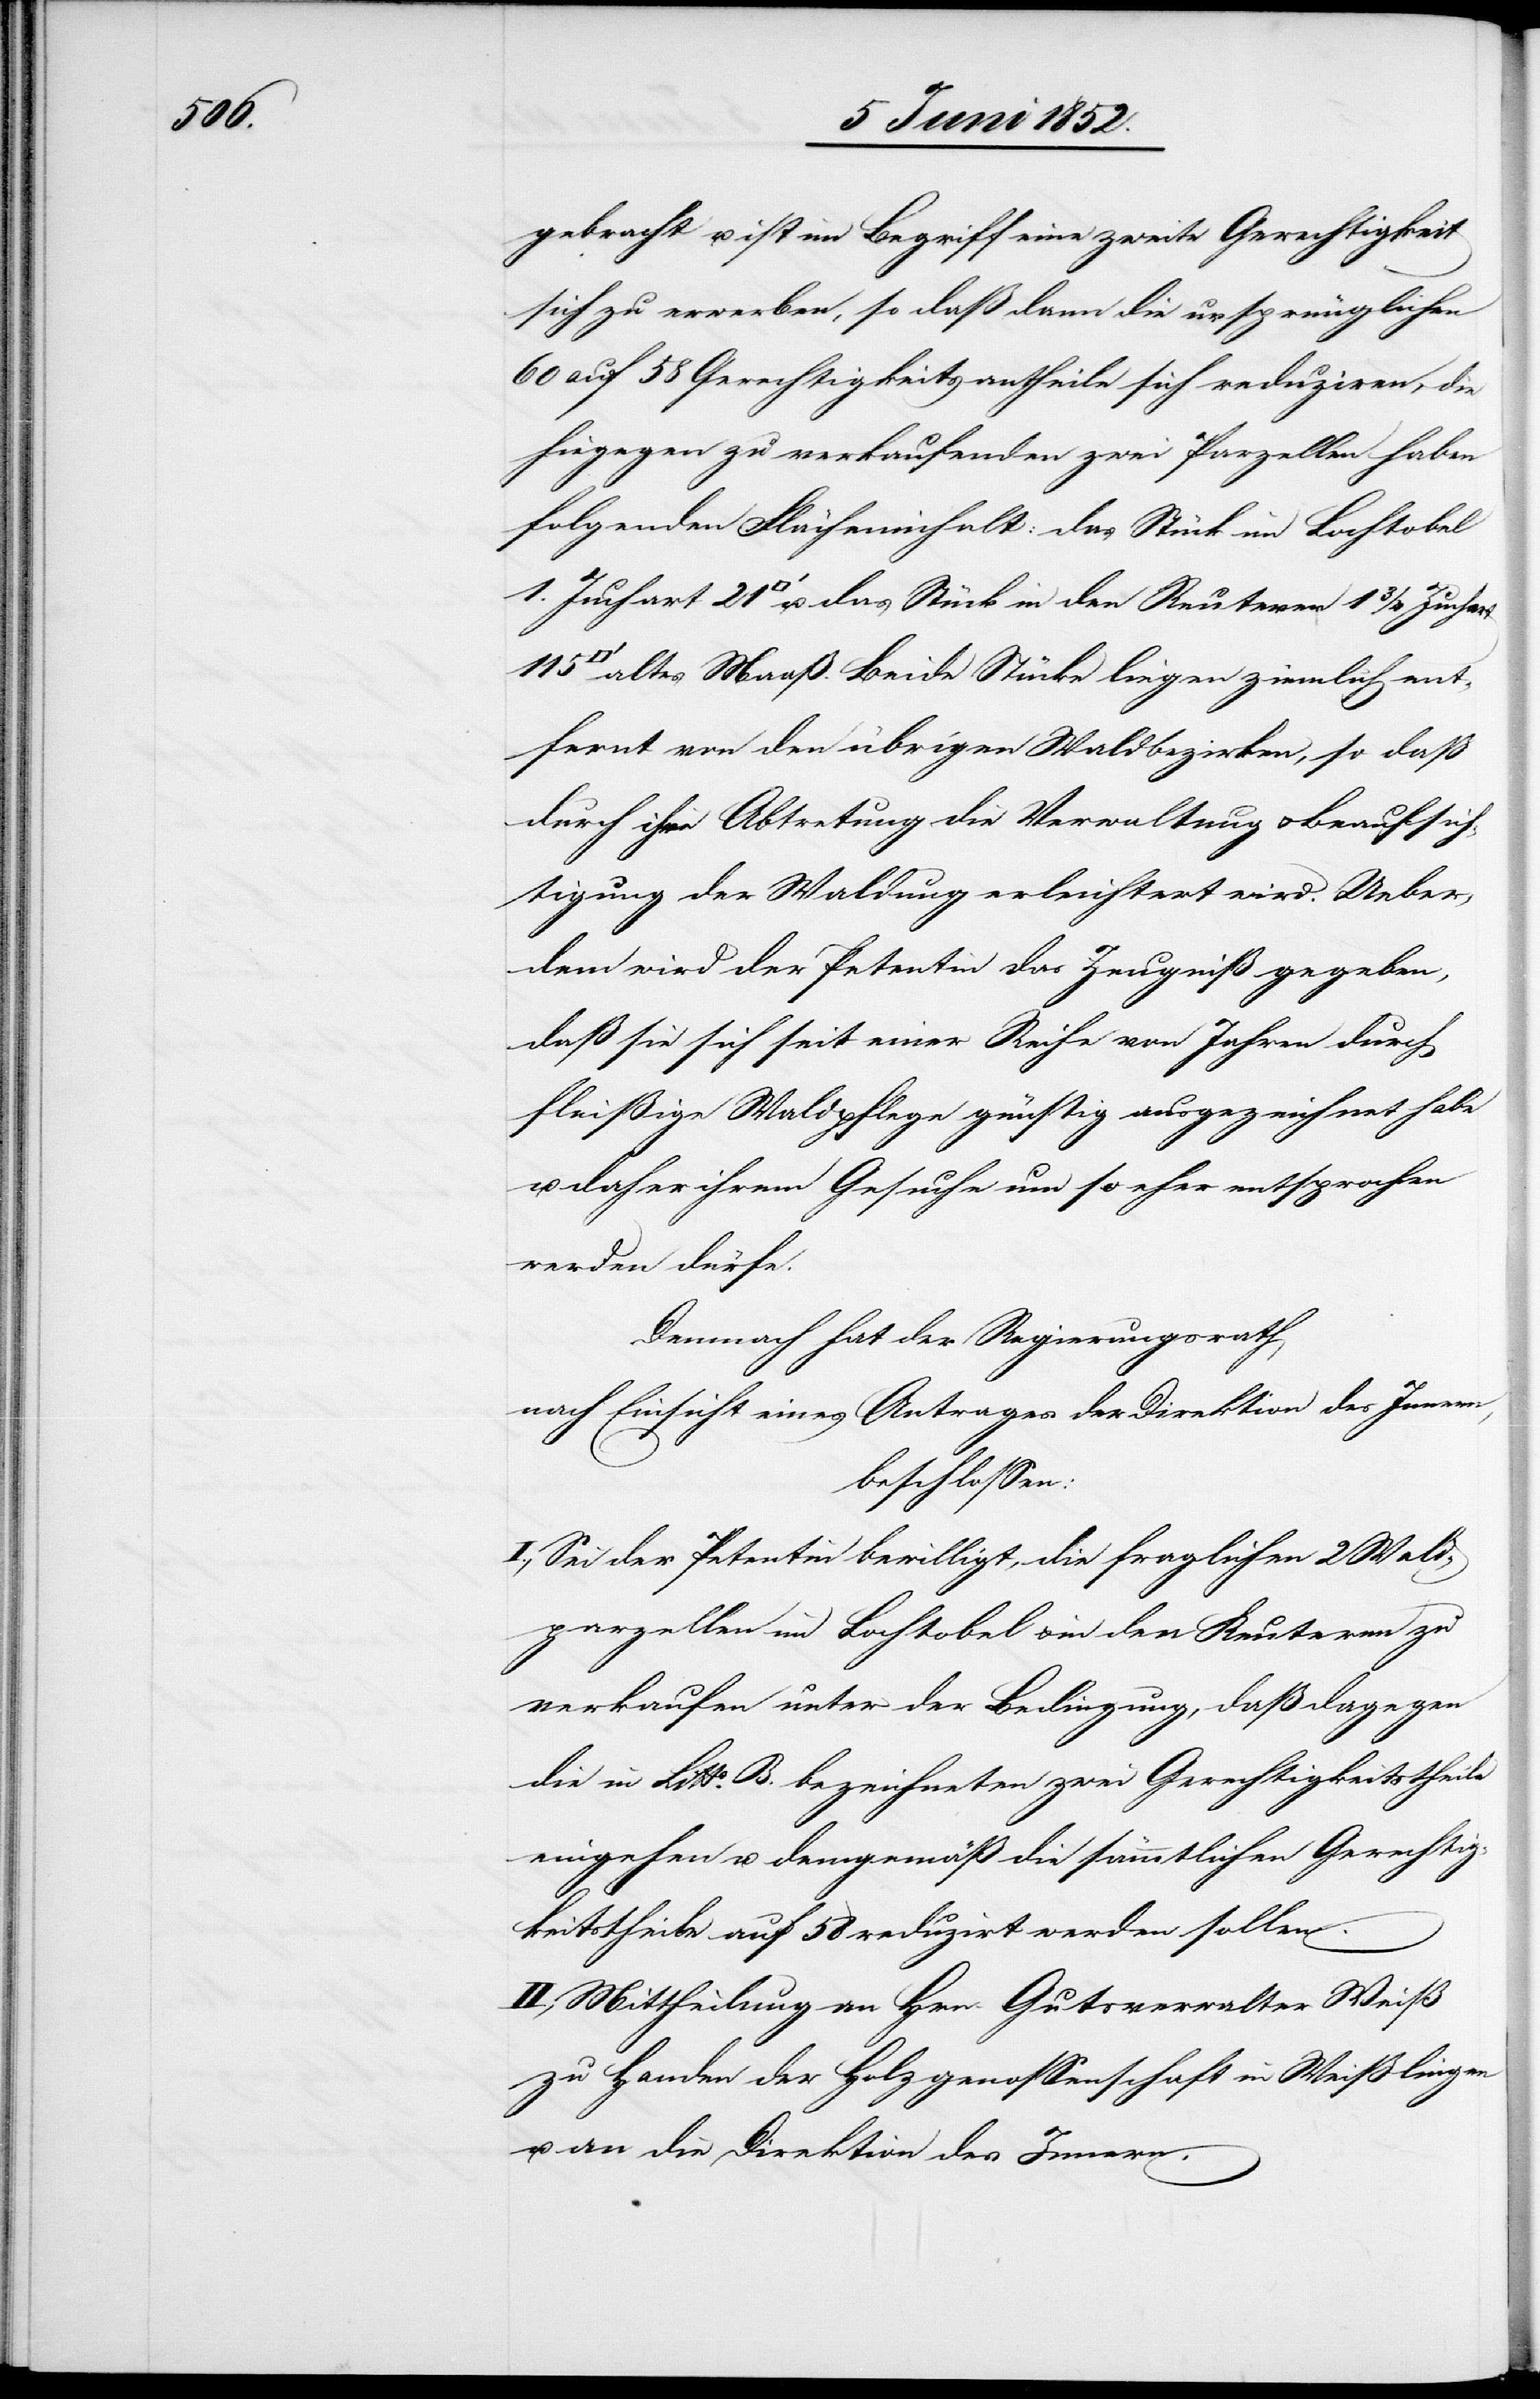
gebracht u. ist im Begriff eine zweite Gerechtigkeit
sich zu erwerben, so daß dann die ursprünglichen
60 auf 58 Gerechtigkeitsantheile sich reduziren, die
hingegen zu verkaufenden zwei Parzellen haben
folgenden Flächeninhalt: das Stück im Lochtobel
21 [Quadratfuß] u. das Stück in den Reuteren 1 3/4 Juchart
altes Maaß. Beide Stücke liegen ziemlich ent¬
fernt von den übrigen Waldbezirken, so dass
durch ihre Abtretung die Verwaltung & Beaufsich¬
tigung der Waldung erleichtert wird. Ueber¬
dem wird der Petentin das Zeugniß gegeben,
daß sie sich seit einer Reihe von Jahren durch
fleißige Waldpflege günstig ausgezeichnet habe
u. daher ihrem Gesuche um so eher entsprochen
werden dürfe.
Demnach hat der Regierungsrath,
nach Einsicht eines Antrages der Direktion des Innern,
beschlossen:
I., Sei der Petentin bewilligt, die fraglichen 2 Wald¬
parzellen im Lochtobel & in den Reuteren zu
verkaufen unter der Bedingung, daß dagegen
die in Litta. B. bezeichneten zwei Gerechtigkeitstheile
eingehen u. demgemäß die sämmtlichen Gerechtig¬
keitstheile auf 58 reduzirt werden sollen.
II., Mittheilung an Hrn. Gutsverwalter Weiß
zu Handen der Holzgenossenschaft in Weißlingen
u. an die Direktion des Innern.